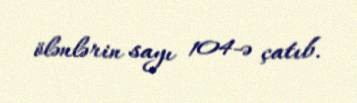
ölənlərin sayı 104-ə çatıb.